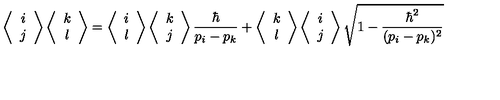
\left\langle \begin{array} { c c } { i } \\ { j } \\ \end{array} \right\rangle \left\langle \begin{array} { c c } { k } \\ { l } \\ \end{array} \right\rangle = \left\langle \begin{array} { c c } { i } \\ { l } \\ \end{array} \right\rangle \left\langle \begin{array} { c c } { k } \\ { j } \\ \end{array} \right\rangle \frac { \hbar } { p _ { i } - p _ { k } } + \left\langle \begin{array} { c c } { k } \\ { l } \\ \end{array} \right\rangle \left\langle \begin{array} { c c } { i } \\ { j } \\ \end{array} \right\rangle \sqrt { 1 - \frac { \hbar ^ { 2 } } { ( p _ { i } - p _ { k } ) ^ { 2 } } }